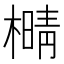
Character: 𰘫